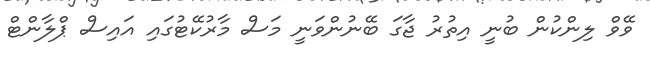
ވޭވް ލިންކުން ބުނީ އިތުރު ޖާގަ ބޭނުންވަނީ މަސް މާރުކޭޓުގައި އައިސް ޕްލާންޓް